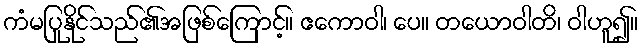
ကံမပြုနိုင်သည်၏အဖြစ်ကြောင့်။ ဧကောဝါ၊ ပေ။ တယောဝါတိ၊ ဝါဟူ၍။